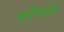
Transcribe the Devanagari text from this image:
क्रैंगनोर